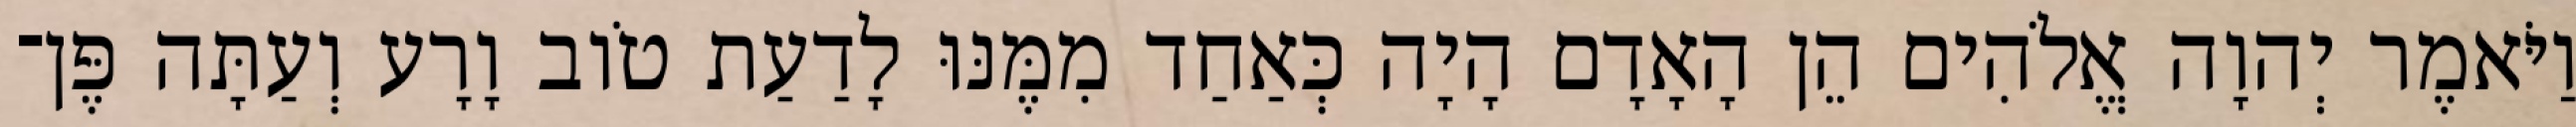
וַיֹּאמֶר יְהוָה אֱלֹהִים הֵן הָאָדָם הָיָה כְּאַחַד מִמֶּנּוּ לָדַעַת טֹוב וָרָע וְעַתָּה פֶּן־